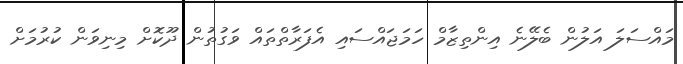
މައްސަލަ އަލުން ބެލޭނެ އިންތިޒާމް ހަމަޖައްސައި އެފަރާތްތައް ވަގުތުން ދޫކޮށް މިނިވަން ކުރުމަށް